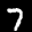
Label: 7